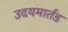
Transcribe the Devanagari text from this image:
उदयमार्तड